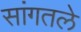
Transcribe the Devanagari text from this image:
सांगतले